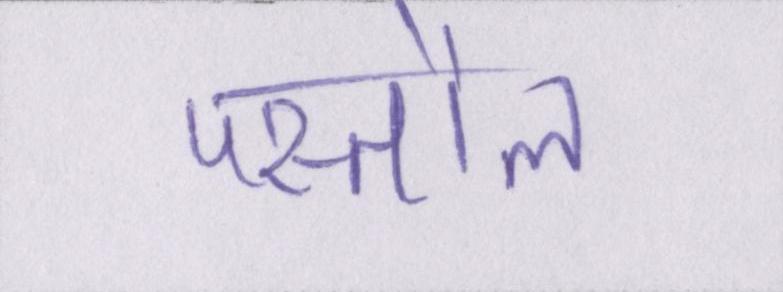
पस्तौल